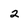
Character: 2